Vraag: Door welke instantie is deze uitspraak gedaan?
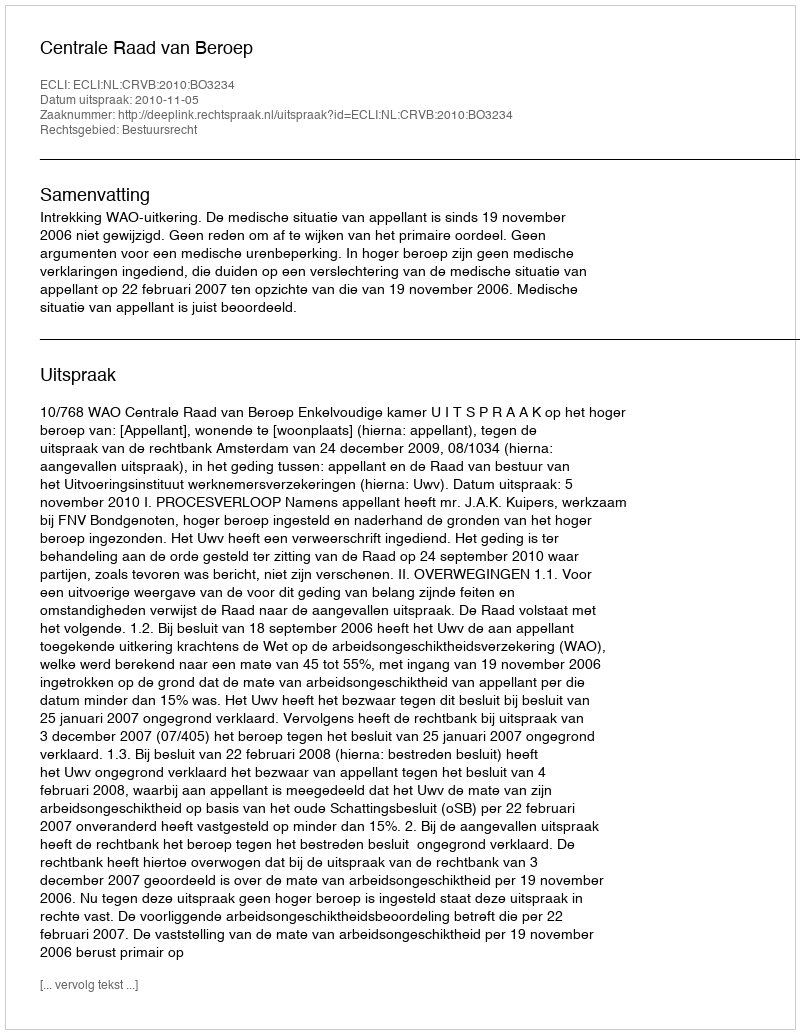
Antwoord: Centrale Raad van Beroep